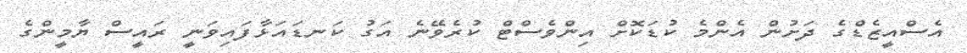
އެސްއީޒެޑްގެ ދަށުން އެންމެ ކުޑަކޮށް އިންވެސްޓް ކުރެވޭނެ އަގު ކަނޑައަޅާފައިވަނީ ރައީސް ޔާމީންގެ